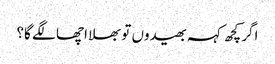
اگر کچھ کہہ بھیدوں تو بھلا اچھا لگے گا؟